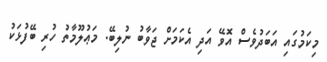
މިކަމުގައި އަބަދުވެސް އޮވޭ އަދި އެކަމަށް ޖަވާބު ނުލިބޭ. މަޢުލޫމާތު ހުރި ބޭފުޅަކު